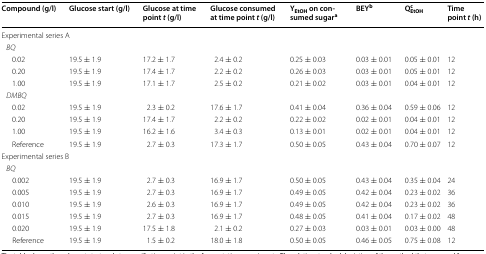
<table><thead><tr><td><b>Compound (g/l)</b></td><td><b>Glucose start (g/l)</b></td><td><b>Glucose at time point <i>t</i> (g/l)</b></td><td><b>Glucose consumed at time point <i>t</i> (g/l)</b></td><td><b>Y<sub>EtOH</sub> on consumed sugar<sup>a</sup></b></td><td><b>BEY<sup>b</sup></b></td><td><b>Q<sub>EtOH</sub><sup>c</sup></b></td><td><b>Time point <i>t</i> (h)</b></td></tr></thead><tbody><tr><td colspan="8">Experimental series A</td></tr><tr><td colspan="8"> <i>BQ</i></td></tr><tr><td>0.02</td><td>19.5 ± 1.9</td><td>17.2 ± 1.7</td><td>2.4 ± 0.2</td><td>0.25 ± 0.03</td><td>0.03 ± 0.01</td><td>0.05 ± 0.01</td><td>12</td></tr><tr><td>0.20</td><td>19.5 ± 1.9</td><td>17.4 ± 1.7</td><td>2.2 ± 0.2</td><td>0.26 ± 0.03</td><td>0.03 ± 0.01</td><td>0.05 ± 0.01</td><td>12</td></tr><tr><td>1.00</td><td>19.5 ± 1.9</td><td>17.1 ± 1.7</td><td>2.5 ± 0.2</td><td>0.21 ± 0.02</td><td>0.03 ± 0.01</td><td>0.04 ± 0.01</td><td>12</td></tr><tr><td colspan="8"> <i>DMBQ</i></td></tr><tr><td>0.02</td><td>19.5 ± 1.9</td><td>2.3 ± 0.2</td><td>17.6 ± 1.7</td><td>0.41 ± 0.04</td><td>0.36 ± 0.04</td><td>0.59 ± 0.06</td><td>12</td></tr><tr><td>0.20</td><td>19.5 ± 1.9</td><td>17.4 ± 1.7</td><td>2.2 ± 0.2</td><td>0.22 ± 0.02</td><td>0.02 ± 0.01</td><td>0.04 ± 0.01</td><td>12</td></tr><tr><td>1.00</td><td>19.5 ± 1.9</td><td>16.2 ± 1.6</td><td>3.4 ± 0.3</td><td>0.13 ± 0.01</td><td>0.02 ± 0.01</td><td>0.04 ± 0.01</td><td>12</td></tr><tr><td>Reference</td><td>19.5 ± 1.9</td><td>2.7 ± 0.3</td><td>17.3 ± 1.7</td><td>0.50 ± 0.05</td><td>0.43 ± 0.04</td><td>0.70 ± 0.07</td><td>12</td></tr><tr><td colspan="8">Experimental series B</td></tr><tr><td colspan="8"> <i>BQ</i></td></tr><tr><td>0.002</td><td>19.5 ± 1.9</td><td>2.7 ± 0.3</td><td>16.9 ± 1.7</td><td>0.50 ± 0.05</td><td>0.43 ± 0.04</td><td>0.35 ± 0.04</td><td>24</td></tr><tr><td>0.005</td><td>19.5 ± 1.9</td><td>2.7 ± 0.3</td><td>16.9 ± 1.7</td><td>0.49 ± 0.05</td><td>0.42 ± 0.04</td><td>0.23 ± 0.02</td><td>36</td></tr><tr><td>0.010</td><td>19.5 ± 1.9</td><td>2.6 ± 0.3</td><td>16.9 ± 1.7</td><td>0.49 ± 0.05</td><td>0.42 ± 0.04</td><td>0.23 ± 0.02</td><td>36</td></tr><tr><td>0.015</td><td>19.5 ± 1.9</td><td>2.7 ± 0.3</td><td>16.9 ± 1.7</td><td>0.48 ± 0.05</td><td>0.41 ± 0.04</td><td>0.17 ± 0.02</td><td>48</td></tr><tr><td>0.020</td><td>19.5 ± 1.9</td><td>17.5 ± 1.8</td><td>2.1 ± 0.2</td><td>0.27 ± 0.03</td><td>0.03 ± 0.01</td><td>0.03 ± 0.00</td><td>48</td></tr><tr><td>Reference</td><td>19.5 ± 1.9</td><td>1.5 ± 0.2</td><td>18.0 ± 1.8</td><td>0.50 ± 0.05</td><td>0.46 ± 0.05</td><td>0.75 ± 0.08</td><td>12</td></tr></tbody></table>